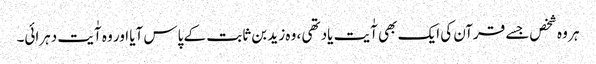
ہر وہ شخص‌جسے قرآن کی ایک بھی آٰیت یاد تھی ، وہ زید بن ثابت کے پاس آیا اور وہ آٰیت دہرائی۔